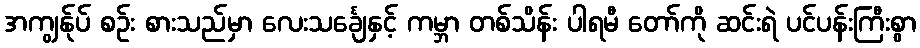
အကျွန်ုပ် စဉ်း စားသည်မှာ လေးသင်္ချေနှင့် ကမ္ဘာ တစ်သိန်း ပါရမီ တော်ကို ဆင်းရဲ ပင်ပန်းကြီးစွာ